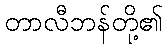
တာလီဘန်တို့၏